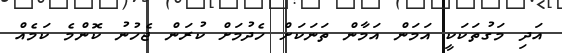
އަދި މަގުތަކަކީ އަމަން އަމާން ތަނަކަށް ހެދުމަށް ކުރަން ޖެހުނު ކޮންމެ ކަމެއް